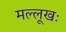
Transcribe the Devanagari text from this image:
मल्लूखः